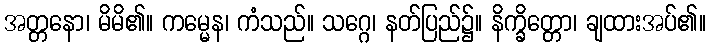
အတ္တနော၊ မိမိ၏။ ကမ္မေန၊ ကံသည်။ သဂ္ဂေ၊ နတ်ပြည်၌။ နိက္ခိတ္တော၊ ချထားအပ်၏။